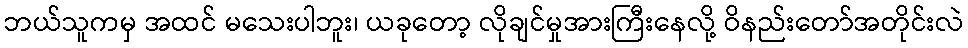
ဘယ်သူကမှ အထင် မသေးပါဘူး၊ ယခုတော့ လိုချင်မှုအားကြီးနေလို့ ဝိနည်းတော်အတိုင်းလဲ